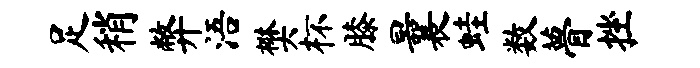
足稍弊浯樊杯膝曩蛙数瞢挫